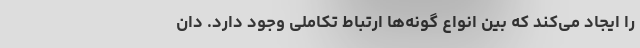
را ایجاد می‌کند که بین انواع گونه‌ها ارتباط تکاملی وجود دارد. دان